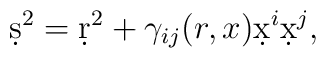
\d s^2=\d r^2+\gamma_{ij}(r,x)\d x^i\d x^j,